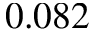
0 . 0 8 2